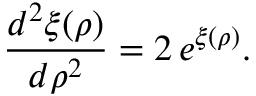
\frac { d ^ { 2 } \xi ( \rho ) } { d \rho ^ { 2 } } = 2 \, e ^ { \xi ( \rho ) } .